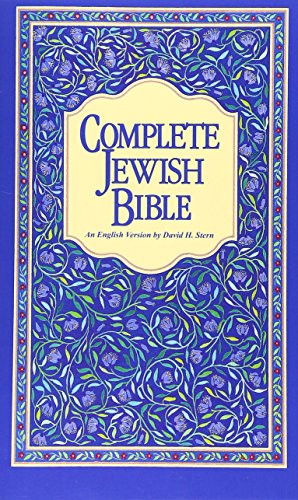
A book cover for Complete Jewish Bible : An English Version of the Tanakh (Old Testament) and B'Rit Hadashah (New Testament); David H. Stern; Christian Books & Bibles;